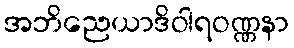
အဘိညေယာဒိဝါရဝဏ္ဏနာ